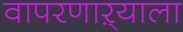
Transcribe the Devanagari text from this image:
वापरणाऱ्याला